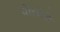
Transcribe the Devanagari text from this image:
पोलोचे